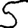
Digit: 5